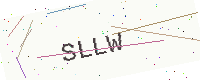
Text: SLLW